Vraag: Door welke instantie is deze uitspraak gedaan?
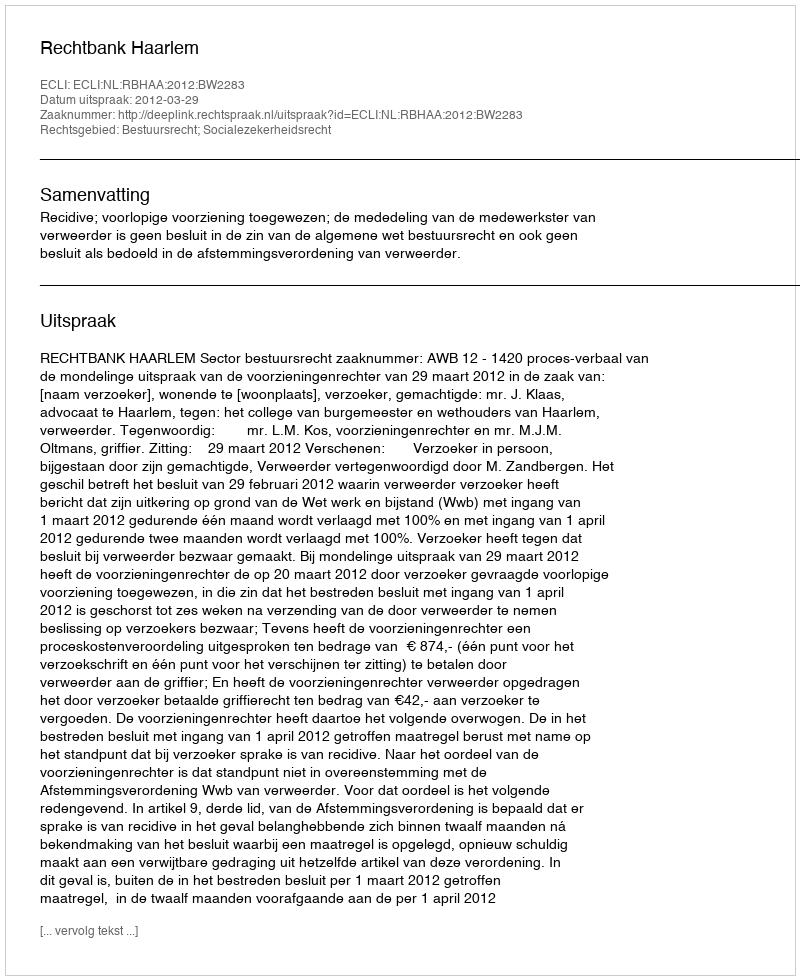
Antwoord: Rechtbank Haarlem